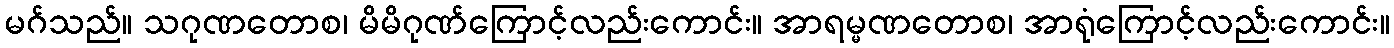
မဂ်သည်။ သဂုဏတောစ၊ မိမိဂုဏ်ကြောင့်လည်းကောင်း။ အာရမ္မဏတောစ၊ အာရုံကြောင့်လည်းကောင်း။